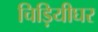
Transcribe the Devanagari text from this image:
चिड़ियीघर